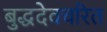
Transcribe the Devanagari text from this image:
बुद्धदेवचरित